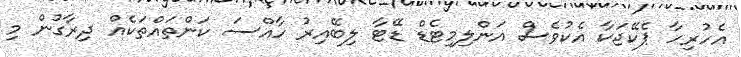
އެހުރިހާ ޕެކޭޖަކާ އެކުވެސް އަންލިމިޓެޑް ޑޭޓާ ލިބޭއިރު ހާއްސަ ކަންތައްތަކެއް ދިރާގުން މި